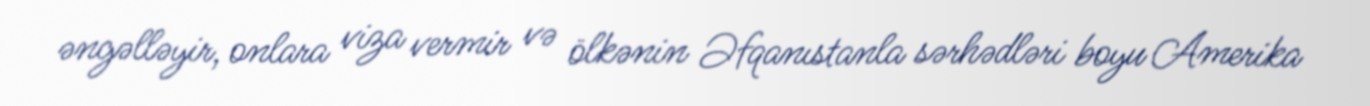
əngəlləyir, onlara viza vermir və ölkənin Əfqanıstanla sərhədləri boyu Amerika